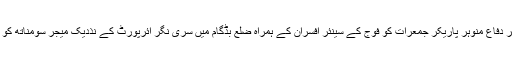
دفاعی ذرائع نے بتایا کہ وزیر دفاع منوہر پاریکر جمعرات کو فوج کے سینئر افسران کے ہمراہ ضلع بڈگام میں سری نگر ائرپورٹ کے نذدیک میجر سومناتھ کو خراج عقیدت پیش کریں گے۔